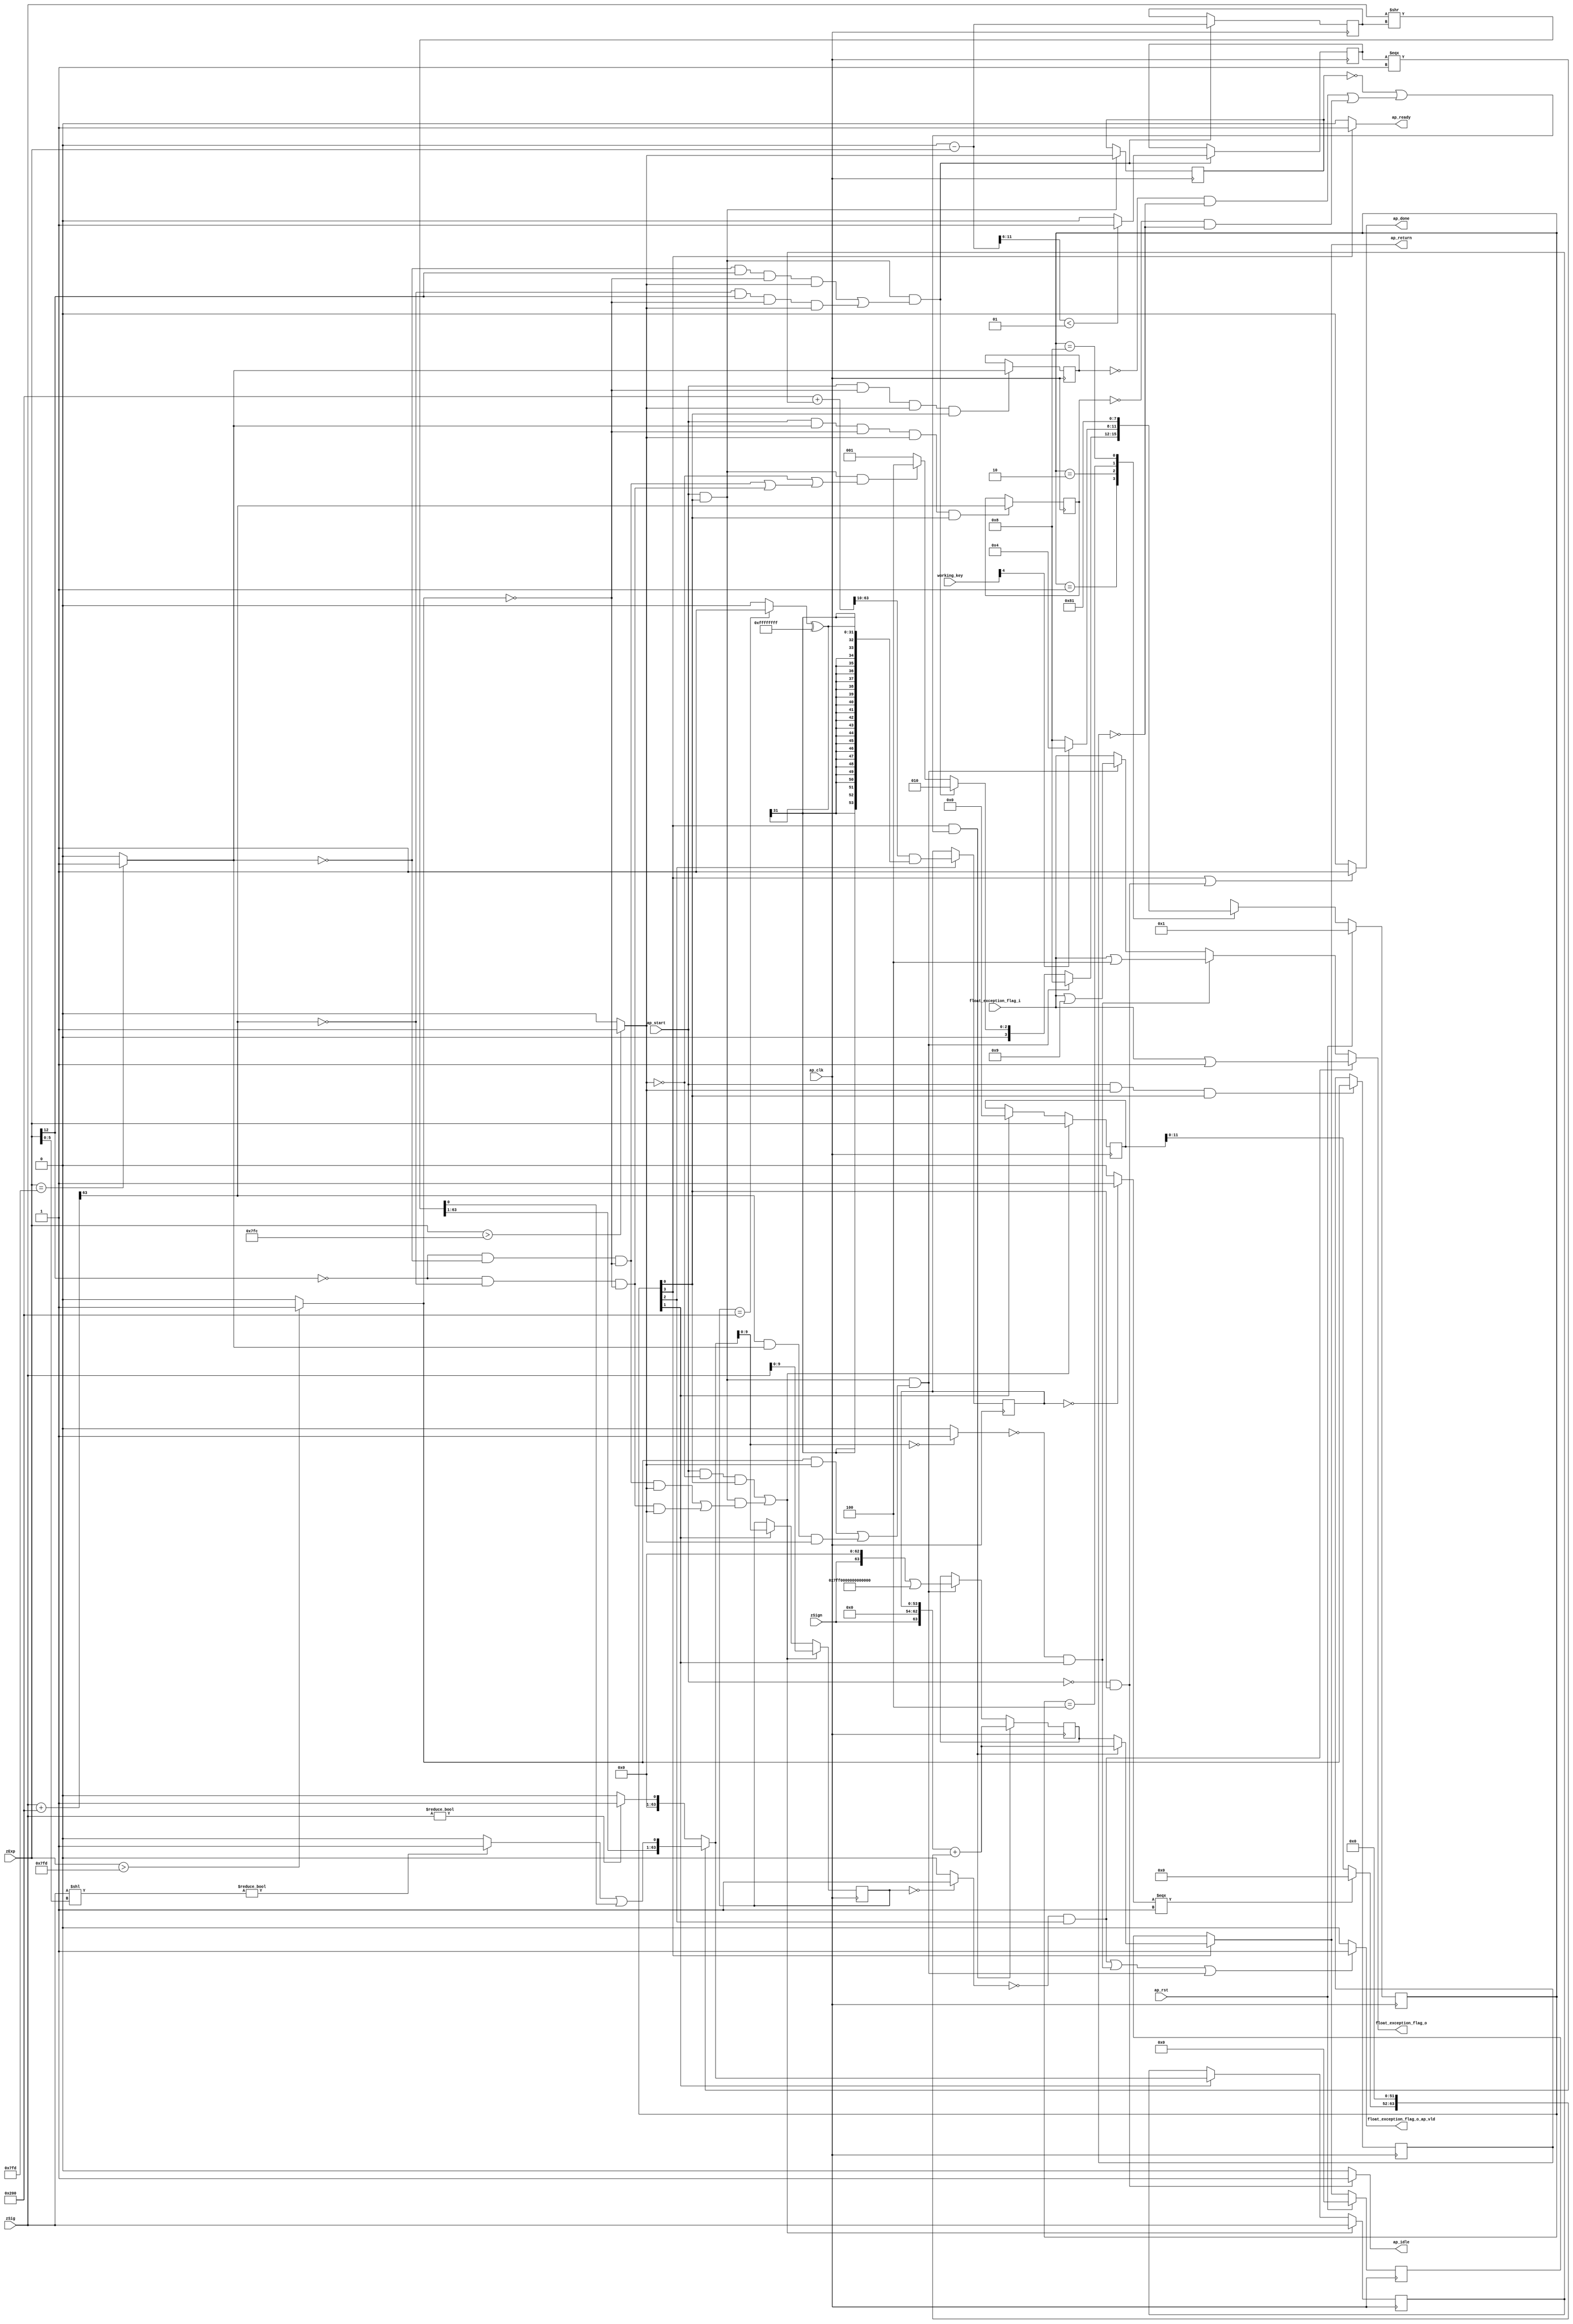

module roundAndPackFloat64
(
  ap_clk,
  ap_rst,
  ap_start,
  ap_done,
  ap_idle,
  ap_ready,
  zSign,
  zExp,
  zSig,
  float_exception_flag_i,
  float_exception_flag_o,
  float_exception_flag_o_ap_vld,
  ap_return,
  working_key
);

  parameter ap_ST_fsm_state1 = 4'd1;
  parameter ap_ST_fsm_state2 = 4'd2;
  parameter ap_ST_fsm_state3 = 4'd4;
  parameter ap_ST_fsm_state4 = 4'd8;
  input ap_clk;
  input ap_rst;
  input ap_start;
  output ap_done;
  output ap_idle;
  output ap_ready;
  input [0:0] zSign;
  input [12:0] zExp;
  input [63:0] zSig;
  input [31:0] float_exception_flag_i;
  output [31:0] float_exception_flag_o;
  output float_exception_flag_o_ap_vld;
  output [63:0] ap_return;
  reg ap_done;
  reg ap_idle;
  reg ap_ready;
  reg [31:0] float_exception_flag_o;
  reg float_exception_flag_o_ap_vld;
  reg [63:0] ap_return;
  reg [3:0] ap_CS_fsm;
  wire ap_CS_fsm_state1;
  wire [9:0] roundBits_fu_145_p1;
  wire [0:0] tmp_s_fu_149_p2;
  reg [0:0] tmp_s_reg_456;
  wire [0:0] tmp_1_fu_155_p2;
  reg [0:0] tmp_1_reg_460;
  wire [0:0] tmp_2_fu_161_p2;
  reg [0:0] tmp_2_reg_464;
  wire [0:0] tmp_fu_173_p3;
  reg [0:0] tmp_reg_468;
  wire [12:0] count_assign_fu_189_p2;
  reg [12:0] count_assign_reg_475;
  wire [0:0] tmp_6_fu_181_p3;
  wire [0:0] icmp_fu_205_p2;
  reg [0:0] icmp_reg_480;
  wire [63:0] tmp_34_i9_fu_231_p2;
  wire [63:0] z_2_fu_300_p3;
  wire ap_CS_fsm_state2;
  wire [9:0] roundBits_2_fu_307_p1;
  wire [53:0] zSig_assign_2_fu_383_p2;
  reg [53:0] zSig_assign_2_reg_506;
  wire ap_CS_fsm_state3;
  reg [63:0] zSig_assign1_reg_96;
  reg [12:0] zExp_assign_1_reg_107;
  reg [9:0] roundBits_1_reg_121;
  reg [63:0] ap_phi_mux_p_0_phi_fu_135_p4;
  reg [63:0] p_0_reg_132;
  wire [63:0] tmp_34_i8_fu_422_p2;
  wire ap_CS_fsm_state4;
  wire [0:0] tmp_3_fu_311_p2;
  wire [0:0] tmp_5_fu_329_p2;
  wire [31:0] float_exception_flag_2_fu_211_p2;
  wire [31:0] float_exception_flag_4_fu_317_p2;
  wire [31:0] tmp_8_fu_335_p2;
  wire [63:0] tmp_4_fu_167_p2;
  wire [5:0] tmp_7_fu_195_p4;
  wire [63:0] tmp_i_fu_223_p3;
  wire [63:0] tmp_6_i_fu_237_p1;
  wire [5:0] tmp_15_fu_245_p1;
  wire [63:0] tmp_i3_fu_248_p1;
  wire [63:0] tmp_1_i_fu_252_p2;
  wire [63:0] tmp_7_i_fu_240_p2;
  wire [0:0] tmp_16_fu_263_p1;
  wire [0:0] tmp_2_i_fu_257_p2;
  wire [62:0] tmp_11_i_fu_273_p4;
  wire [0:0] tmp_10_i_fu_267_p2;
  wire [0:0] tmp_4_i_fu_291_p2;
  wire [63:0] z_fu_283_p3;
  wire [63:0] z_1_fu_296_p1;
  wire [63:0] tmp_9_fu_347_p2;
  wire [0:0] tmp_10_fu_363_p2;
  wire [31:0] tmp_11_fu_369_p1;
  wire [31:0] tmp_12_fu_373_p2;
  wire [53:0] zSig_assign_1_cast_fu_353_p4;
  wire signed [53:0] tmp_17_cast_fu_379_p1;
  wire [0:0] tmp_13_fu_389_p2;
  wire [11:0] tmp_18_fu_394_p1;
  wire [11:0] tmp_14_fu_398_p3;
  wire [63:0] tmp_33_i_fu_414_p4;
  wire [63:0] tmp_32_i_fu_406_p3;
  reg [63:0] ap_return_preg;
  reg [3:0] ap_NS_fsm;
  input [4:0] working_key;

  initial begin
    #0 ap_CS_fsm = 4'd1;
    #0 ap_return_preg = 64'd0;
  end


  always @(posedge ap_clk) begin
    if(ap_rst == 1'b1) begin
      ap_CS_fsm <= ap_ST_fsm_state1;
    end else begin
      ap_CS_fsm <= ap_NS_fsm;
    end
  end


  always @(posedge ap_clk) begin
    if(ap_rst == 1'b1) begin
      ap_return_preg <= 64'd0;
    end else begin
      if(1'b1 == ap_CS_fsm_state4) begin
        ap_return_preg <= ap_phi_mux_p_0_phi_fu_135_p4;
      end 
    end
  end


  always @(posedge ap_clk) begin
    if((1'b1 == ap_CS_fsm_state4) & ((tmp_s_reg_456 == 1'd0) | ((tmp_2_reg_464 == 1'd0) & (tmp_1_reg_460 == 1'd0) | (tmp_reg_468 == 1'd0) & (tmp_1_reg_460 == 1'd0)))) begin
      p_0_reg_132 <= tmp_34_i8_fu_422_p2;
    end else if((ap_start == 1'b1) & (1'b1 == ap_CS_fsm_state1) & ((tmp_1_fu_155_p2 == 1'd1) & (tmp_s_fu_149_p2 == 1'd1) | (tmp_fu_173_p3 == 1'd1) & (tmp_2_fu_161_p2 == 1'd1) & (tmp_s_fu_149_p2 == 1'd1))) begin
      p_0_reg_132 <= tmp_34_i9_fu_231_p2;
    end 
  end


  always @(posedge ap_clk) begin
    if((ap_start == 1'b1) & (tmp_s_fu_149_p2 == 1'd0) & (1'b1 == ap_CS_fsm_state1) | (ap_start == 1'b1) & (1'b1 == ap_CS_fsm_state1) & ((tmp_6_fu_181_p3 == 1'd0) & (tmp_2_fu_161_p2 == 1'd0) & (tmp_1_fu_155_p2 == 1'd0) & (tmp_s_fu_149_p2 == 1'd1) | (tmp_6_fu_181_p3 == 1'd0) & (tmp_fu_173_p3 == 1'd0) & (tmp_1_fu_155_p2 == 1'd0) & (tmp_s_fu_149_p2 == 1'd1))) begin
      roundBits_1_reg_121 <= roundBits_fu_145_p1;
    end else if(1'b1 == ap_CS_fsm_state2) begin
      roundBits_1_reg_121 <= roundBits_2_fu_307_p1;
    end 
  end


  always @(posedge ap_clk) begin
    if((ap_start == 1'b1) & (tmp_s_fu_149_p2 == 1'd0) & (1'b1 == ap_CS_fsm_state1) | (ap_start == 1'b1) & (1'b1 == ap_CS_fsm_state1) & ((tmp_6_fu_181_p3 == 1'd0) & (tmp_2_fu_161_p2 == 1'd0) & (tmp_1_fu_155_p2 == 1'd0) & (tmp_s_fu_149_p2 == 1'd1) | (tmp_6_fu_181_p3 == 1'd0) & (tmp_fu_173_p3 == 1'd0) & (tmp_1_fu_155_p2 == 1'd0) & (tmp_s_fu_149_p2 == 1'd1))) begin
      zExp_assign_1_reg_107 <= zExp;
    end else if(1'b1 == ap_CS_fsm_state2) begin
      zExp_assign_1_reg_107 <= 13'd0;
    end 
  end


  always @(posedge ap_clk) begin
    if((ap_start == 1'b1) & (tmp_s_fu_149_p2 == 1'd0) & (1'b1 == ap_CS_fsm_state1) | (ap_start == 1'b1) & (1'b1 == ap_CS_fsm_state1) & ((tmp_6_fu_181_p3 == 1'd0) & (tmp_2_fu_161_p2 == 1'd0) & (tmp_1_fu_155_p2 == 1'd0) & (tmp_s_fu_149_p2 == 1'd1) | (tmp_6_fu_181_p3 == 1'd0) & (tmp_fu_173_p3 == 1'd0) & (tmp_1_fu_155_p2 == 1'd0) & (tmp_s_fu_149_p2 == 1'd1))) begin
      zSig_assign1_reg_96 <= zSig;
    end else if(1'b1 == ap_CS_fsm_state2) begin
      zSig_assign1_reg_96 <= z_2_fu_300_p3;
    end 
  end


  always @(posedge ap_clk) begin
    if((ap_start == 1'b1) & (1'b1 == ap_CS_fsm_state1) & ((tmp_2_fu_161_p2 == 1'd0) & (tmp_6_fu_181_p3 == 1'd1) & (tmp_1_fu_155_p2 == 1'd0) & (tmp_s_fu_149_p2 == 1'd1) | (tmp_fu_173_p3 == 1'd0) & (tmp_6_fu_181_p3 == 1'd1) & (tmp_1_fu_155_p2 == 1'd0) & (tmp_s_fu_149_p2 == 1'd1))) begin
      count_assign_reg_475 <= count_assign_fu_189_p2;
      icmp_reg_480 <= icmp_fu_205_p2;
    end 
  end


  always @(posedge ap_clk) begin
    if((ap_start == 1'b1) & (tmp_s_fu_149_p2 == 1'd1) & (1'b1 == ap_CS_fsm_state1)) begin
      tmp_1_reg_460 <= tmp_1_fu_155_p2;
    end 
  end


  always @(posedge ap_clk) begin
    if((ap_start == 1'b1) & (tmp_1_fu_155_p2 == 1'd0) & (tmp_s_fu_149_p2 == 1'd1) & (1'b1 == ap_CS_fsm_state1)) begin
      tmp_2_reg_464 <= tmp_2_fu_161_p2;
    end 
  end


  always @(posedge ap_clk) begin
    if((ap_start == 1'b1) & (tmp_2_fu_161_p2 == 1'd1) & (tmp_1_fu_155_p2 == 1'd0) & (tmp_s_fu_149_p2 == 1'd1) & (1'b1 == ap_CS_fsm_state1)) begin
      tmp_reg_468 <= tmp_4_fu_167_p2[32'd63];
    end 
  end


  always @(posedge ap_clk) begin
    if((ap_start == 1'b1) & (1'b1 == ap_CS_fsm_state1)) begin
      tmp_s_reg_456 <= tmp_s_fu_149_p2;
    end 
  end


  always @(posedge ap_clk) begin
    if(1'b1 == ap_CS_fsm_state3) begin
      zSig_assign_2_reg_506 <= zSig_assign_2_fu_383_p2;
    end 
  end


  always @(*) begin
    if((1'b1 == ap_CS_fsm_state4) | (ap_start == 1'b0) & (1'b1 == ap_CS_fsm_state1)) begin
      ap_done = 1'b1;
    end else begin
      ap_done = 1'b0;
    end
  end


  always @(*) begin
    if((ap_start == 1'b0) & (1'b1 == ap_CS_fsm_state1)) begin
      ap_idle = 1'b1;
    end else begin
      ap_idle = 1'b0;
    end
  end


  always @(*) begin
    if((1'b1 == ap_CS_fsm_state4) & ((tmp_s_reg_456 == 1'd0) | ((tmp_2_reg_464 == 1'd0) & (tmp_1_reg_460 == 1'd0) | (tmp_reg_468 == 1'd0) & (tmp_1_reg_460 == 1'd0)))) begin
      ap_phi_mux_p_0_phi_fu_135_p4 = tmp_34_i8_fu_422_p2;
    end else begin
      ap_phi_mux_p_0_phi_fu_135_p4 = p_0_reg_132;
    end
  end


  always @(*) begin
    if(1'b1 == ap_CS_fsm_state4) begin
      ap_ready = 1'b1;
    end else begin
      ap_ready = 1'b0;
    end
  end


  always @(*) begin
    if(1'b1 == ap_CS_fsm_state4) begin
      ap_return = ap_phi_mux_p_0_phi_fu_135_p4;
    end else begin
      ap_return = ap_return_preg;
    end
  end


  always @(*) begin
    if((tmp_5_fu_329_p2 == 1'd0) & (1'b1 == ap_CS_fsm_state3)) begin
      float_exception_flag_o = tmp_8_fu_335_p2;
    end else if((tmp_3_fu_311_p2 == 1'd0) & (1'b1 == ap_CS_fsm_state2)) begin
      float_exception_flag_o = float_exception_flag_4_fu_317_p2;
    end else if((ap_start == 1'b1) & (1'b1 == ap_CS_fsm_state1) & ((tmp_1_fu_155_p2 == 1'd1) & (tmp_s_fu_149_p2 == 1'd1) | (tmp_fu_173_p3 == 1'd1) & (tmp_2_fu_161_p2 == 1'd1) & (tmp_s_fu_149_p2 == 1'd1))) begin
      float_exception_flag_o = float_exception_flag_2_fu_211_p2;
    end else begin
      float_exception_flag_o = float_exception_flag_i;
    end
  end


  always @(*) begin
    if((tmp_5_fu_329_p2 == 1'd0) & (1'b1 == ap_CS_fsm_state3) | (tmp_3_fu_311_p2 == 1'd0) & (1'b1 == ap_CS_fsm_state2) | (ap_start == 1'b1) & (1'b1 == ap_CS_fsm_state1) & ((tmp_1_fu_155_p2 == 1'd1) & (tmp_s_fu_149_p2 == 1'd1) | (tmp_fu_173_p3 == 1'd1) & (tmp_2_fu_161_p2 == 1'd1) & (tmp_s_fu_149_p2 == 1'd1))) begin
      float_exception_flag_o_ap_vld = 1'b1;
    end else begin
      float_exception_flag_o_ap_vld = 1'b0;
    end
  end


  always @(*) begin
    case(ap_CS_fsm)
      ap_ST_fsm_state1: begin
        if((ap_start == 1'b1) & (1'b1 == ap_CS_fsm_state1) & ((tmp_1_fu_155_p2 == 1'd1) & (tmp_s_fu_149_p2 == 1'd1) | (tmp_fu_173_p3 == 1'd1) & (tmp_2_fu_161_p2 == 1'd1) & (tmp_s_fu_149_p2 == 1'd1))) begin
          ap_NS_fsm = ap_ST_fsm_state4;
        end else if((ap_start == 1'b1) & (1'b1 == ap_CS_fsm_state1) & ((tmp_2_fu_161_p2 == 1'd0) & (tmp_6_fu_181_p3 == 1'd1) & (tmp_1_fu_155_p2 == 1'd0) & (tmp_s_fu_149_p2 == 1'd1) | (tmp_fu_173_p3 == 1'd0) & (tmp_6_fu_181_p3 == 1'd1) & (tmp_1_fu_155_p2 == 1'd0) & (tmp_s_fu_149_p2 == 1'd1))) begin
          ap_NS_fsm = ap_ST_fsm_state2;
        end else if((ap_start == 1'b1) & (1'b1 == ap_CS_fsm_state1) & ((tmp_s_fu_149_p2 == 1'd0) | ((tmp_6_fu_181_p3 == 1'd0) & (tmp_2_fu_161_p2 == 1'd0) & (tmp_1_fu_155_p2 == 1'd0) | (tmp_6_fu_181_p3 == 1'd0) & (tmp_fu_173_p3 == 1'd0) & (tmp_1_fu_155_p2 == 1'd0)))) begin
          ap_NS_fsm = ap_ST_fsm_state3;
        end else begin
          ap_NS_fsm = ap_ST_fsm_state1;
        end
      end
      ap_ST_fsm_state2: begin
        begin
          if(working_key[4] == 1'b1) begin
            ap_NS_fsm = ap_ST_fsm_state3;
          end else begin
            ap_NS_fsm = ap_ST_fsm_state4;
          end
        end
      end
      ap_ST_fsm_state3: begin
        ap_NS_fsm = ap_ST_fsm_state4;
      end
      ap_ST_fsm_state4: begin
        ap_NS_fsm = ap_ST_fsm_state1;
      end
      default: begin
        ap_NS_fsm = 'bx;
      end
    endcase
  end

  assign ap_CS_fsm_state1 = ap_CS_fsm[32'd0];
  assign ap_CS_fsm_state2 = ap_CS_fsm[32'd1];
  assign ap_CS_fsm_state3 = ap_CS_fsm[32'd2];
  assign ap_CS_fsm_state4 = ap_CS_fsm[32'd3];
  assign count_assign_fu_189_p2 = 13'd0 - zExp;
  assign float_exception_flag_2_fu_211_p2 = float_exception_flag_i | 32'd9;
  assign float_exception_flag_4_fu_317_p2 = float_exception_flag_i | 32'd4;
  assign icmp_fu_205_p2 = ($signed(tmp_7_fu_195_p4) < $signed(6'd1))? 1'b1 : 1'b0;
  assign roundBits_2_fu_307_p1 = z_2_fu_300_p3[9:0];
  assign roundBits_fu_145_p1 = zSig[9:0];
  assign tmp_10_fu_363_p2 = (roundBits_1_reg_121 == 10'd512)? 1'b1 : 1'b0;
  assign tmp_10_i_fu_267_p2 = tmp_2_i_fu_257_p2 | tmp_16_fu_263_p1;
  assign tmp_11_fu_369_p1 = tmp_10_fu_363_p2;
  assign tmp_11_i_fu_273_p4 = { { tmp_7_i_fu_240_p2[63:1] } };
  assign tmp_12_fu_373_p2 = tmp_11_fu_369_p1 ^ 32'd4294967295;
  assign tmp_13_fu_389_p2 = (zSig_assign_2_reg_506 == 54'd0)? 1'b1 : 1'b0;
  assign tmp_14_fu_398_p3 = (tmp_13_fu_389_p2[0:0] === 1'b1)? 12'd0 : tmp_18_fu_394_p1;
  assign tmp_15_fu_245_p1 = zExp[5:0];
  assign tmp_16_fu_263_p1 = tmp_7_i_fu_240_p2[0:0];
  assign tmp_17_cast_fu_379_p1 = $signed(tmp_12_fu_373_p2);
  assign tmp_18_fu_394_p1 = zExp_assign_1_reg_107[11:0];
  assign tmp_1_fu_155_p2 = ($signed(zExp) > $signed(13'd2045))? 1'b1 : 1'b0;
  assign tmp_1_i_fu_252_p2 = zSig << tmp_i3_fu_248_p1;
  assign tmp_2_fu_161_p2 = (zExp == 13'd2045)? 1'b1 : 1'b0;
  assign tmp_2_i_fu_257_p2 = (tmp_1_i_fu_252_p2 != 64'd0)? 1'b1 : 1'b0;
  assign tmp_32_i_fu_406_p3 = { { tmp_14_fu_398_p3 }, { 52'd0 } };
  assign tmp_33_i_fu_414_p4 = { { { zSign }, { 9'd0 } }, { zSig_assign_2_reg_506 } };
  assign tmp_34_i8_fu_422_p2 = tmp_33_i_fu_414_p4 + tmp_32_i_fu_406_p3;
  assign tmp_34_i9_fu_231_p2 = tmp_i_fu_223_p3 | 64'd9218868437227405312;
  assign tmp_3_fu_311_p2 = (roundBits_2_fu_307_p1 == 10'd0)? 1'b1 : 1'b0;
  assign tmp_4_fu_167_p2 = zSig + 64'd512;
  assign tmp_4_i_fu_291_p2 = (zSig != 64'd0)? 1'b1 : 1'b0;
  assign tmp_5_fu_329_p2 = (roundBits_1_reg_121 == 10'd0)? 1'b1 : 1'b0;
  assign tmp_6_fu_181_p3 = zExp[32'd12];
  assign tmp_6_i_fu_237_p1 = count_assign_reg_475;
  assign tmp_7_fu_195_p4 = { { count_assign_fu_189_p2[11:6] } };
  assign tmp_7_i_fu_240_p2 = zSig >> tmp_6_i_fu_237_p1;
  assign tmp_8_fu_335_p2 = float_exception_flag_i | 32'd1;
  assign tmp_9_fu_347_p2 = 64'd512 + zSig_assign1_reg_96;
  assign tmp_fu_173_p3 = tmp_4_fu_167_p2[32'd63];
  assign tmp_i3_fu_248_p1 = tmp_15_fu_245_p1;
  assign tmp_i_fu_223_p3 = { { zSign }, { 63'd0 } };
  assign tmp_s_fu_149_p2 = (zExp > 13'd2044)? 1'b1 : 1'b0;
  assign zSig_assign_1_cast_fu_353_p4 = { { tmp_9_fu_347_p2[63:10] } };
  assign zSig_assign_2_fu_383_p2 = zSig_assign_1_cast_fu_353_p4 & tmp_17_cast_fu_379_p1;
  assign z_1_fu_296_p1 = tmp_4_i_fu_291_p2;
  assign z_2_fu_300_p3 = (icmp_reg_480[0:0] === 1'b1)? z_fu_283_p3 : z_1_fu_296_p1;
  assign z_fu_283_p3 = { { tmp_11_i_fu_273_p4 }, { tmp_10_i_fu_267_p2 } };

endmodule